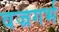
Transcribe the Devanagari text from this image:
वज्रगर्भ